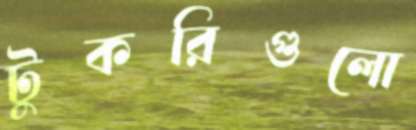
টুকরিগুলো